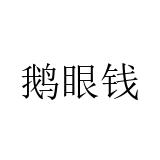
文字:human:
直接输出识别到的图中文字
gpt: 鹅眼钱